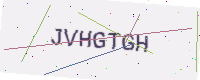
Text: JVHGTGH